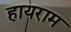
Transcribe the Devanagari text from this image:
हायराम